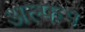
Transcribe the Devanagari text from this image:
अल्फ१